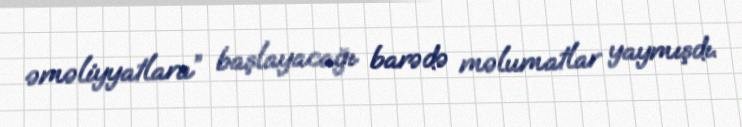
əməliyyatlara” başlayacağı barədə məlumatlar yaymışdı.